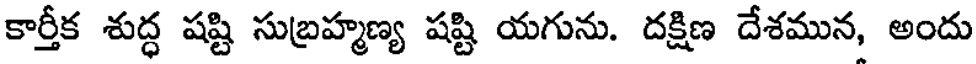
కార్తీక శుద్ధ షష్టి సుబ్రహ్మణ్య షష్టి యగును. దక్షిణ దేశమున, అందు